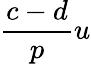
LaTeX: \frac{c-d}{p}u